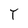
Character: T